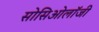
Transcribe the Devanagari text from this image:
सोसिओलॉजी